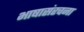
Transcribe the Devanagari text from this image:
भाषासंरचना